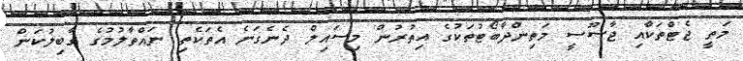
މަތީ ޖެޓްތަކާއި ޖާސޫސީ މަތިންދާބޯޓުތަކުގެ އިތުރުން މިސައިލް ދެނެގަނެ އެތަކެތި ނައްތާލުމުގެ ގާބިލުކަން